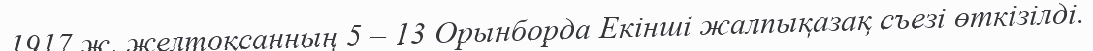
1917 ж. желтоқсанның 5 – 13 Орынборда Екінші жалпықазақ съезі өткізілді.